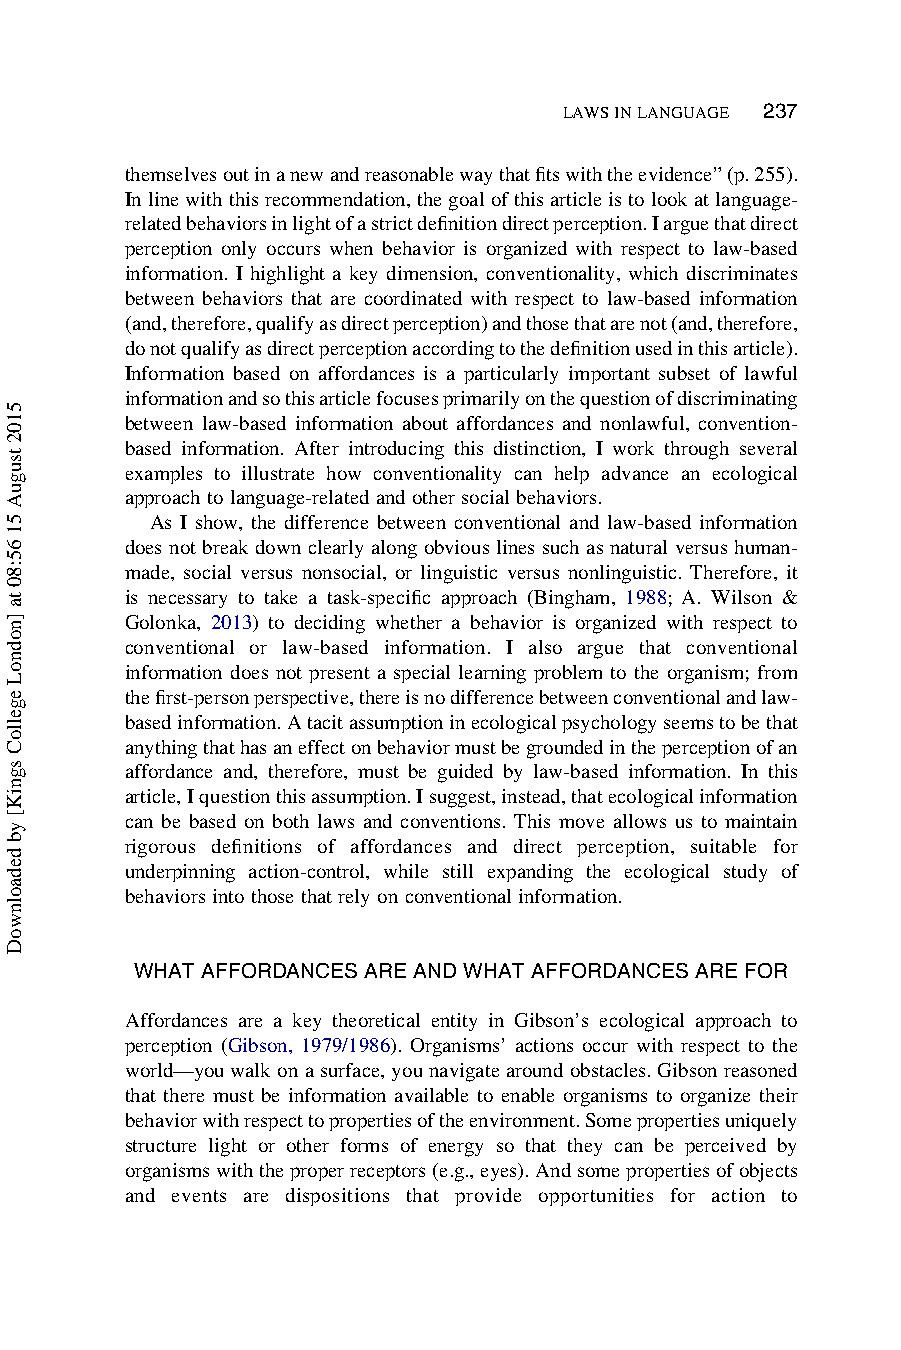
237
 LAWSINLANGUAGE
 themselvesoutinanewandreasonablewaythatfitswiththeevidence”(p.255).
 Inlinewiththisrecommendation,thegoalofthisarticleistolookatlanguage-
 relatedbehaviorsinlightofastrictdefinitiondirectperception.Iarguethatdirect
 perception only occurs when behavior is organized with respect to law-based
 information. I highlight a key dimension, conventionality, which discriminates
 between behaviors that are coordinated with respect to law-based information
 (and,therefore,qualifyasdirectperception)andthosethatarenot(and,therefore,
 donotqualifyasdirectperceptionaccordingtothedefinitionusedinthisarticle).
 Information based on affordances is a particularly important subset of lawful
 informationandsothisarticlefocusesprimarilyonthequestionofdiscriminating
 between law-based information about affordances and nonlawful, convention-
 based information. After introducing this distinction, I work through several
 examples to illustrate how conventionality can help advance an ecological
 approach tolanguage-related andothersocial behaviors.
 As I show, the difference between conventional and law-based information
 does not break down clearly along obvious lines such as natural versus human-
 made, social versus nonsocial, or linguistic versus nonlinguistic. Therefore, it
 is necessary to take a task-specific approach (Bingham, 1988; A. Wilson &
 Golonka, 2013) to deciding whether a behavior is organized with respect to
 conventional or law-based information. I also argue that conventional
 information does not present a special learning problem to the organism; from
 thefirst-personperspective,thereisnodifferencebetweenconventionalandlaw-
 basedinformation.Atacitassumptioninecologicalpsychologyseemstobethat
 anythingthathasaneffectonbehaviormustbegroundedintheperceptionofan
 affordance and, therefore, must be guided by law-based information. In this
 article,Iquestionthisassumption.Isuggest,instead,thatecologicalinformation
 can be based on both laws and conventions. This move allows us to maintain
 rigorous definitions of affordances and direct perception, suitable for
 underpinning action-control, while still expanding the ecological study of
 behaviors into those that relyon conventional information.
 WHAT AFFORDANCES ARE AND WHAT AFFORDANCES ARE FOR
 Affordances are a key theoretical entity in Gibson’s ecological approach to
 perception (Gibson, 1979/1986). Organisms’ actions occur with respect to the
 world—youwalkonasurface,younavigatearoundobstacles.Gibsonreasoned
 that there must be information available to enable organisms to organize their
 behaviorwithrespecttopropertiesoftheenvironment.Somepropertiesuniquely
 structure light or other forms of energy so that they can be perceived by
 organismswiththeproperreceptors(e.g.,eyes).Andsomepropertiesofobjects
 and events are dispositions that provide opportunities for action to
 5102
 tsuguA
 51
 65:80
 ta
 ]nodnoL
 egelloC
 sgniK[
 yb
 dedaolnwoD